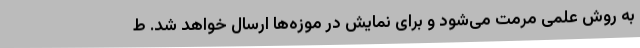
به روش علمی مرمت می‌شود و برای نمایش در موزه‌ها ارسال خواهد شد. ط